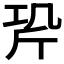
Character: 𭤡